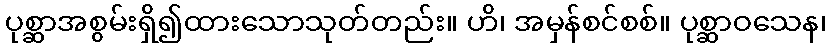
ပုစ္ဆာအစွမ်းရှိ၍ထားသောသုတ်တည်း။ ဟိ၊ အမှန်စင်စစ်။ ပုစ္ဆာဝသေန၊